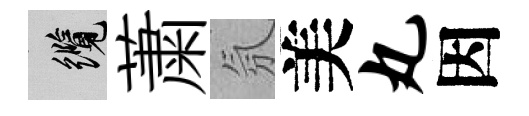
纜䔥氛美丸因